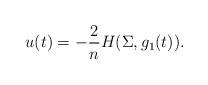
LaTeX: \begin{align*}u(t) = -\frac{2}{n}H(\Sigma, g_1(t)).\end{align*}